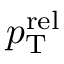
p _ { \mathrm { T } } ^ { \mathrm { r e l } }